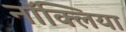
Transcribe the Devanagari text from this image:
नॉक्लिया